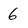
Character: 6